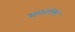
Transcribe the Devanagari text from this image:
सालमण्ड